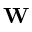
\mathbf { W }